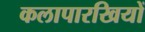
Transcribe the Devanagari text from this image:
कलापारखियों